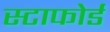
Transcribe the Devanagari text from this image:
स्टाफोर्ड